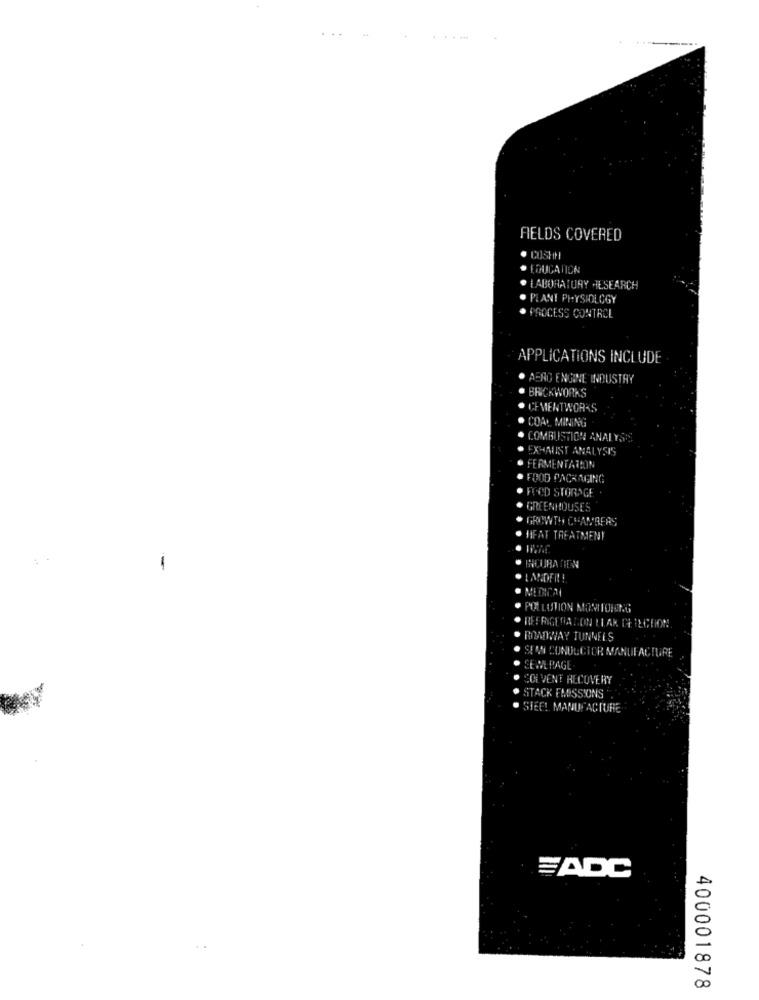
.....
FIELDS COVERED
CUSHH
EDUCATION
. .
LABORATORY HESEARCH
PLANT PHYSIOLOGY
PROCESS CONTROL
APPLICATIONS INCLUDE
AERO ENGINE INDUSTRY
BRICKWORKS
CEMENTWORKS
COAL MINING
COMBUSTION ANALYSIS
EXHAUST ANALYSIS
FERMENTATION
FOOD PACKAGING
FOOD STORAGE
GREENHOUSES
GROWTH CHAMBERS
HIFAT TREATMENT
HCURA TIEN
LANDFIN!
POLLUTION MONITORENG
REFRIGERALON LLAR CHIECTION
RWOWWAY TUNNELS
SIM CONDUCTOR MANUFACTURE
CE SERAGL
SOLVENT RECOVERY
STACK EMISSIONS
SIER! MANUFACTURE
EADC
400001878